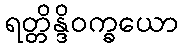
ရတ္တိန္ဒိဝက္ခယော